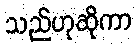
သည်ဟုဆိုကာ